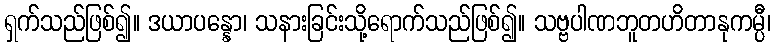
ရှက်သည်ဖြစ်၍။ ဒယာပန္နော၊ သနားခြင်းသို့ရောက်သည်ဖြစ်၍။ သဗ္ဗပါဏဘူတဟိတာနုကမ္ပီ၊